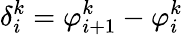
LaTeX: \delta_{i}^{k}=\varphi_{i+1}^{k}-\varphi_{i}^{k}